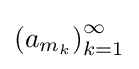
\left(a_{m_{k}}\right)_{k=1}^{\infty }